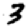
Digit: 3